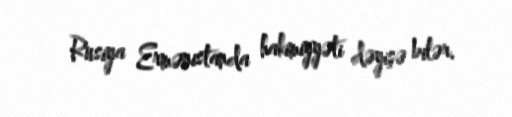
Rusiya Ermənistanda hakimiyyəti dəyişə bilər.